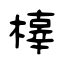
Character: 橭